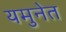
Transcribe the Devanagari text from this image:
यमुनेत